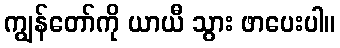
ကျွန်တော်ကို ယာယီ သွား ဖာပေးပါ။